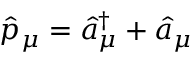
\hat { p } _ { \mu } = \hat { a } _ { \mu } ^ { \dagger } + \hat { a } _ { \mu }